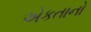
એકતાનો